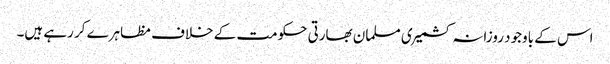
اس کے باوجود روزانہ کشمیری مسلمان بھارتی حکومت کے خلاف مظاہرے کر رہے ہیں۔